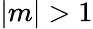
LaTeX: |m|>1